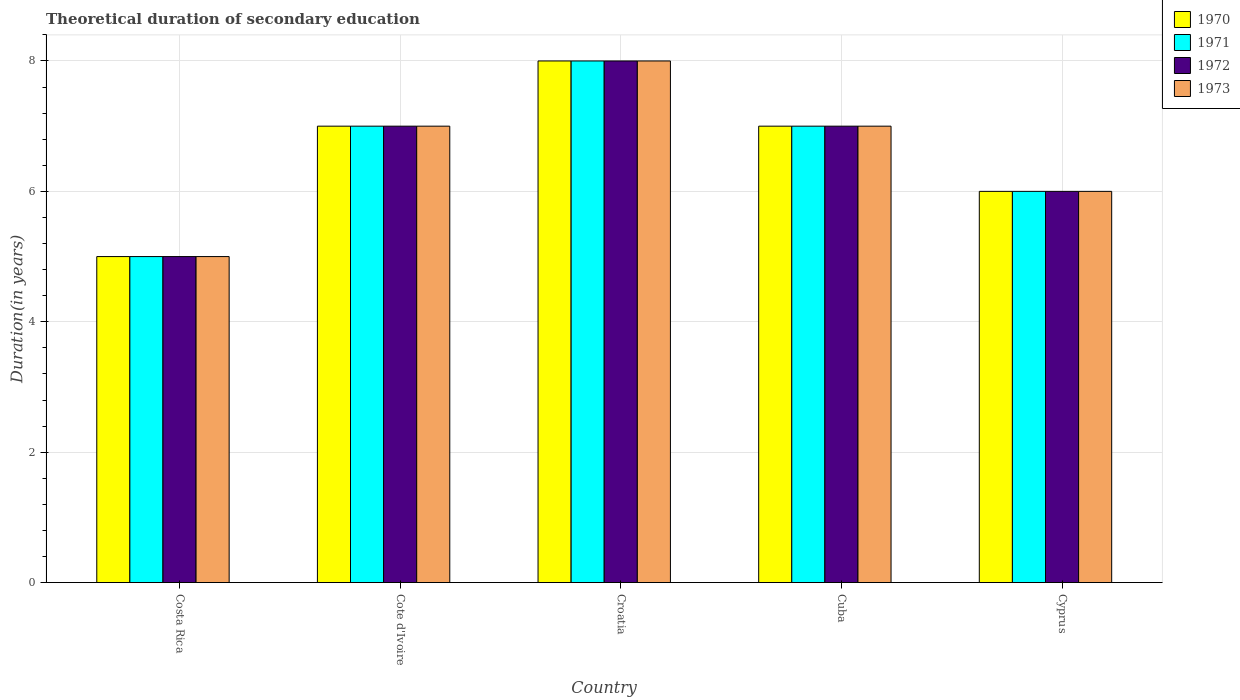
| Country | 1970 | 1971 | 1972 | 1973 |
 | --- | --- | --- | --- | --- |
 | Costa Rica | 5 | 5 | 5 | 5 |
 | Cote d'Ivoire | 7 | 7 | 7 | 7 |
 | Croatia | 8 | 8 | 8 | 8 |
 | Cuba | 7 | 7 | 7 | 7 |
 | Cyprus | 6 | 6 | 6 | 6 |